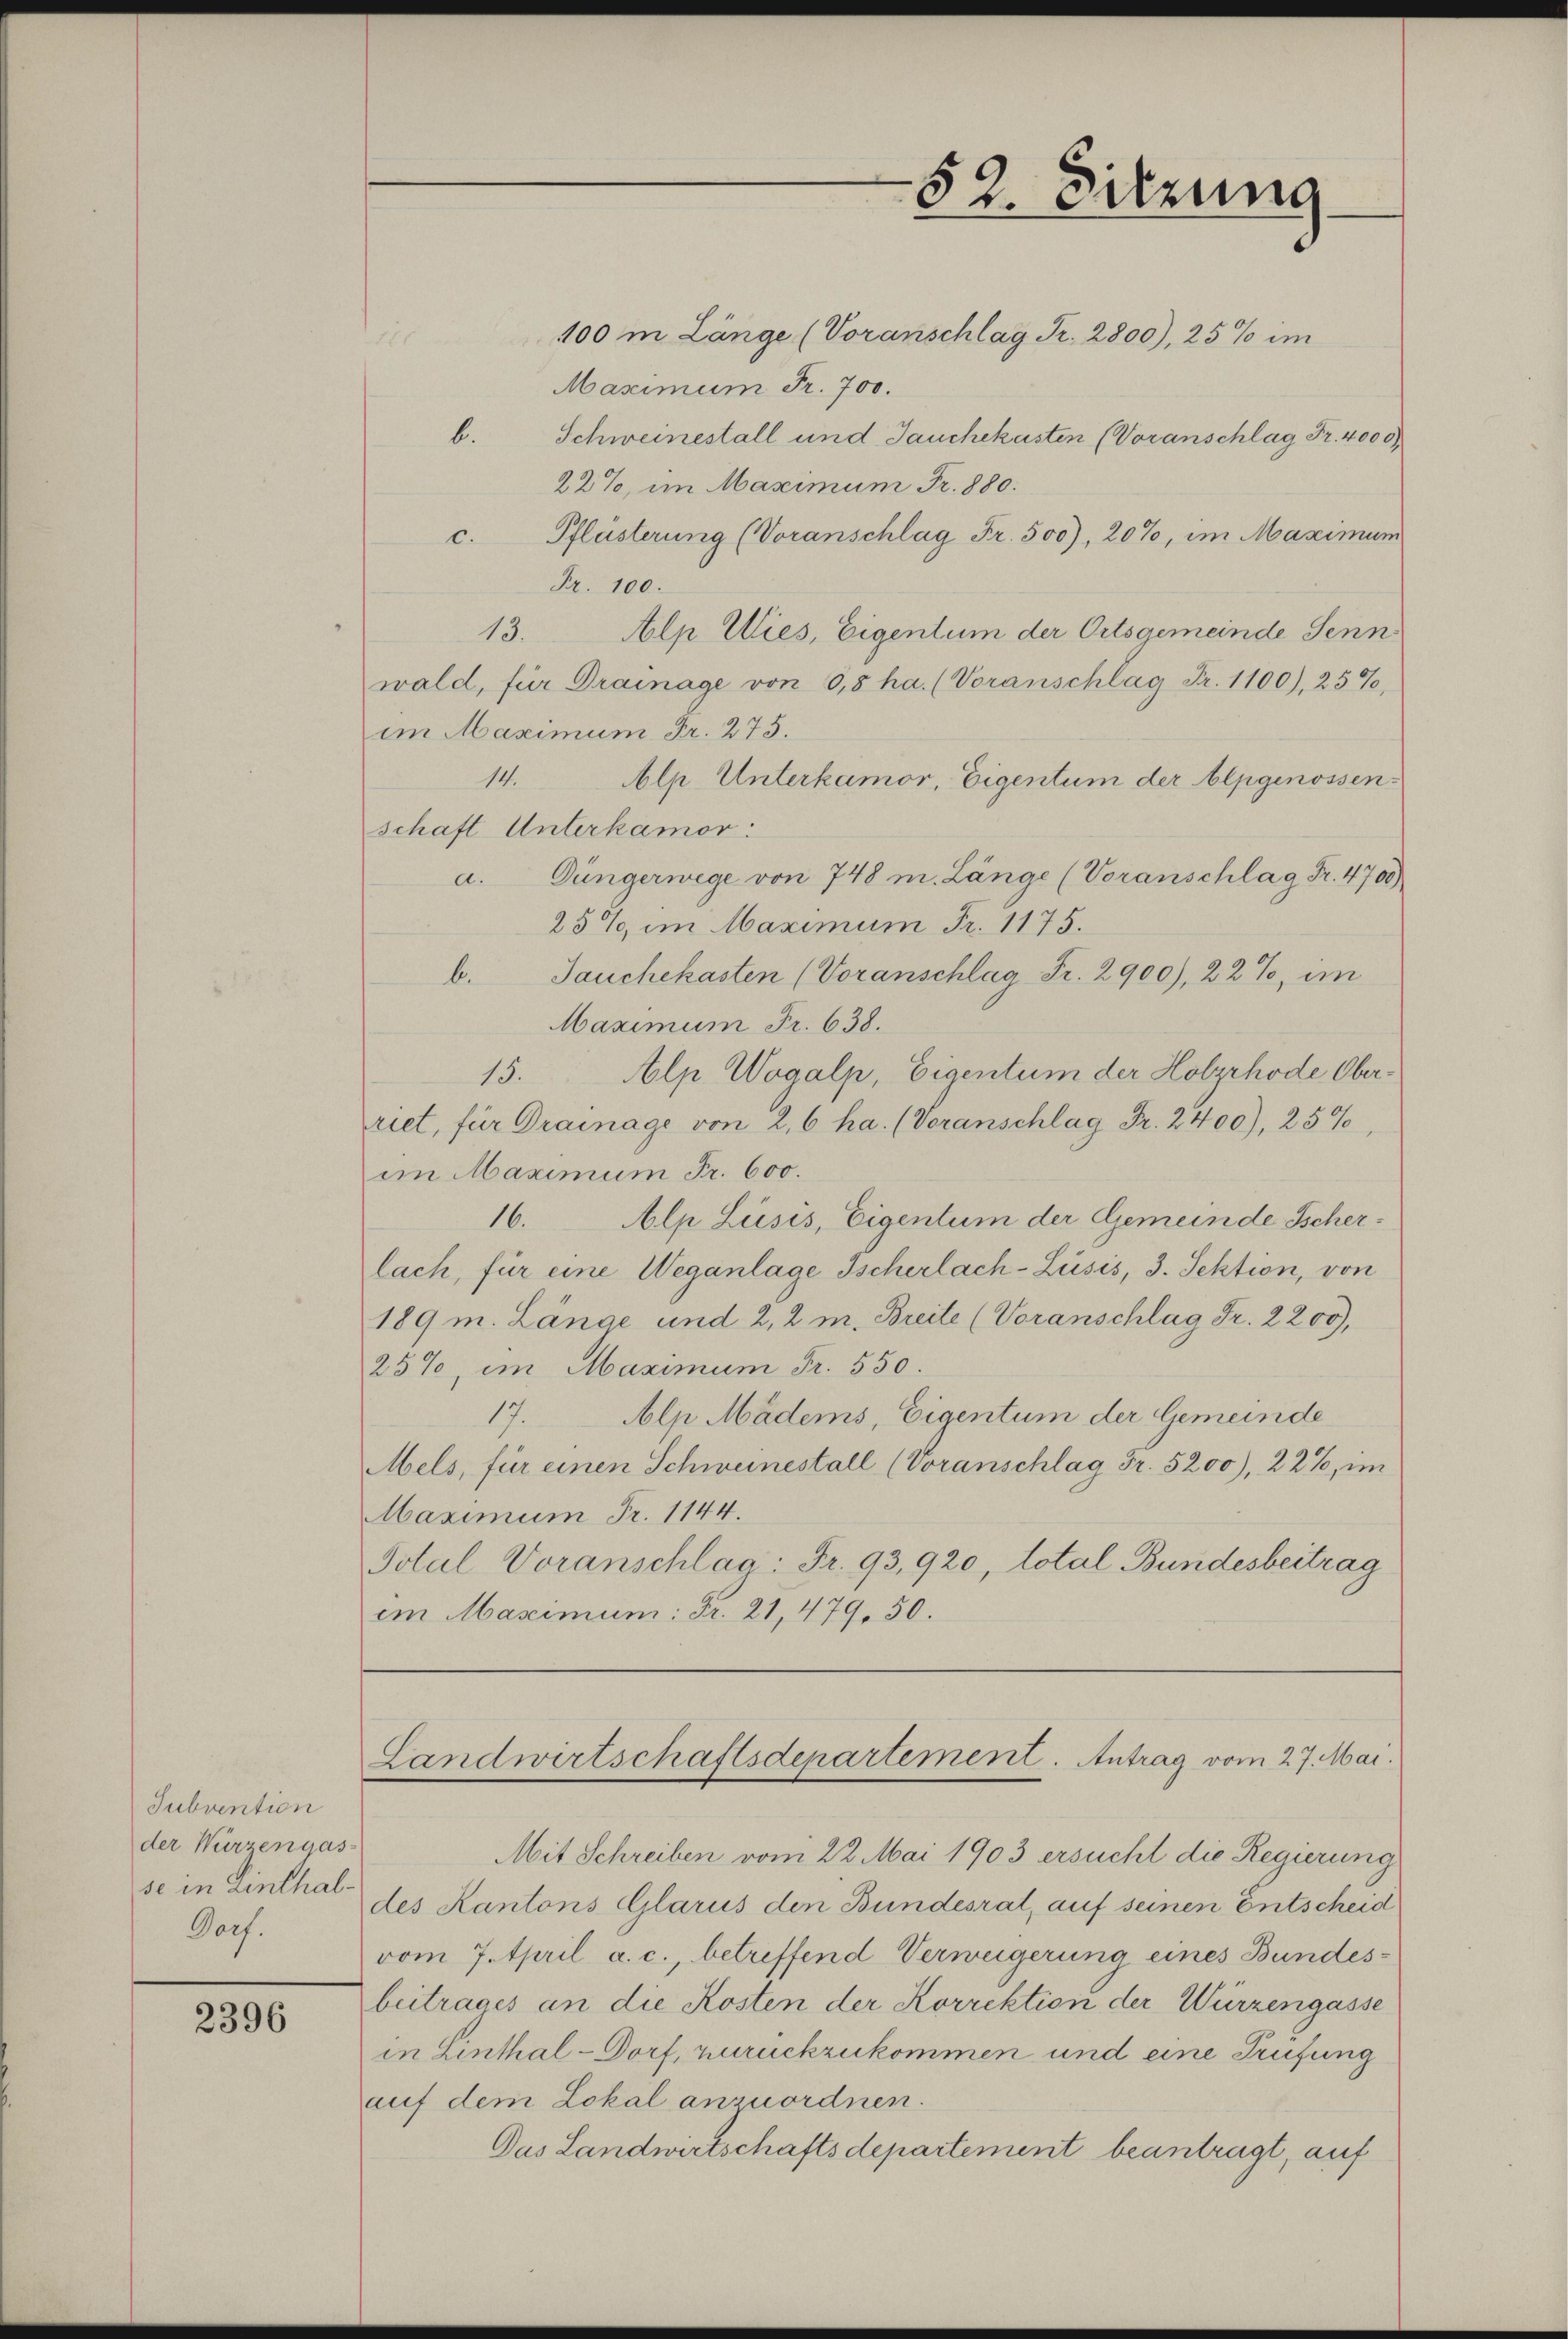
Subvention
der Wurzengas-
se in Linthal¬
Dorf.

2396

100 in Länge (Voranschlag Fr. 2800), 25% im
dir
Maximum Fr. 700.
b. Schweinestall und Jauchekasten (Voranschlag Fr. 4000
22%, im Maximum Fr. 880.
c. Pflästerung (Voranschlag Fr. 500), 20%, im Maximum
Fr. 100.
13.
Alp Wies, Eigentum der Ortsgemeinde Senn
wald, für Drainage von 0,8 ha. (Voranschlag Fr. 1100), 25%,
im Maximum Fr. 275.
14. Alp Unterkamor, Eigentum der Alpgenossenschaft Unterkamor:
a. Düngerwege von 748 m. Länge (Voranschlag Fr. 4700)
25%, im Maximum Fr. 1175.
b. Jauchekasten (Voranschlag Fr. 2900), 22% im
Maximum Fr. 638.
15. Alp Wogalp, Eigentum der Holzrhode Oberriet, für Drainage von 2,6 ha. (Voranschlag Fr. 2400), 25%,
im Maximum Fr. 600.
16. Alp Lüsis, Eigentum der Gemeinde Ischerlach, für eine Weganlage Ischerlach-Lüsis, 3. Sektion, von
189 m. Länge und 2, 2 m. Breite (Voranschlag Fr. 2200),
25%, im Maximum Fr. 550.
17. Alp Mädens, Eigentum der Gemeinde
Mels, für einen Schweinestall (Voranschlag Fr. 5200), 22%, im
Maximum Fr. 1144.
Total Voranschlag: Fr. 93, 920, total Bundesbeitrag
im Maximum: Fr. 21, 479. 50.
Landwirtschaftsdepartement. Antrag vom 27. Mai.
Mit Schreiben vom 22. Mai 1903 ersucht die Regierung
des Kantons Glarus den Bundesrat, auf seinen Entscheid
vom 7. April a. c., betreffend Verweigerung eines Bundesbeitrages an die Kosten der Korrektion der Würzengasse
in Linthal-Dorf, zurückzukommen und eine Prüfung
auf dem Lokal anzuordnen.
Das Landwirtschaftsdepartement beantragt, auf

52. Sitzung